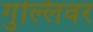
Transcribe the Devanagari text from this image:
गुल्लिवर